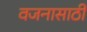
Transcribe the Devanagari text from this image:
वजनासाठी